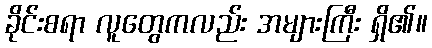
ခိုင်းစရာ လူတွေကလည်း အများကြီး ရှိ၏။